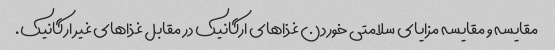
مقایسه و مقایسه مزایای سلامتی خوردن غذاهای ارگانیک در مقابل غذاهای غیر ارگانیک.